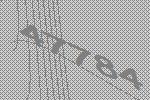
47784